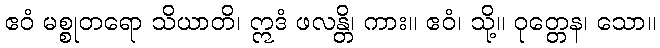
ဧဝံ မစ္စုတရော သိယာတိ၊ ဣဒံ ဖလန္တိ၊ ကား။ ဧဝံ၊ သို့။ ဝုတ္တေန၊ သော။